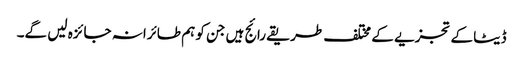
ڈیٹا کے تجزیے کے مختلف طریقے رائج ہیں جن کو ہم طائرانہ جائزہ لیں گے۔